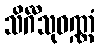
သိင်္ဂီသုဝဏ္ဏံ